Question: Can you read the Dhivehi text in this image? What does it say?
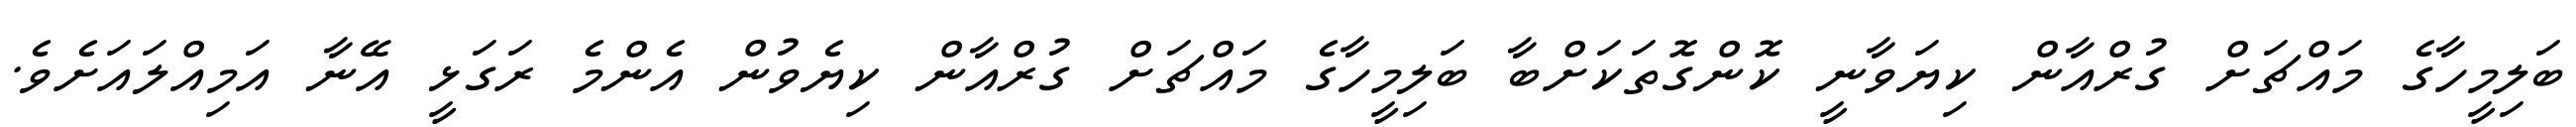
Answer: ބަލިމީހާގެ މައްޗަށް ގުރްއާން ކިޔަވާނީ ކޮންގޮތަކަށްބާ ބަލިމީހާގެ މައްޗަށް ގުރްއާން ކިޔެވުން އެންމެ ރަގަޅީ އޭނާ އަމިއްލައަށެވެ.